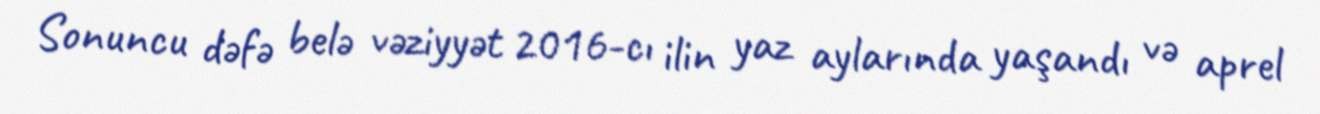
Sonuncu dəfə belə vəziyyət 2016-cı ilin yaz aylarında yaşandı və aprel